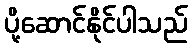
ပို့ဆောင်နိုင်ပါသည်